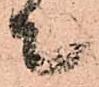
て